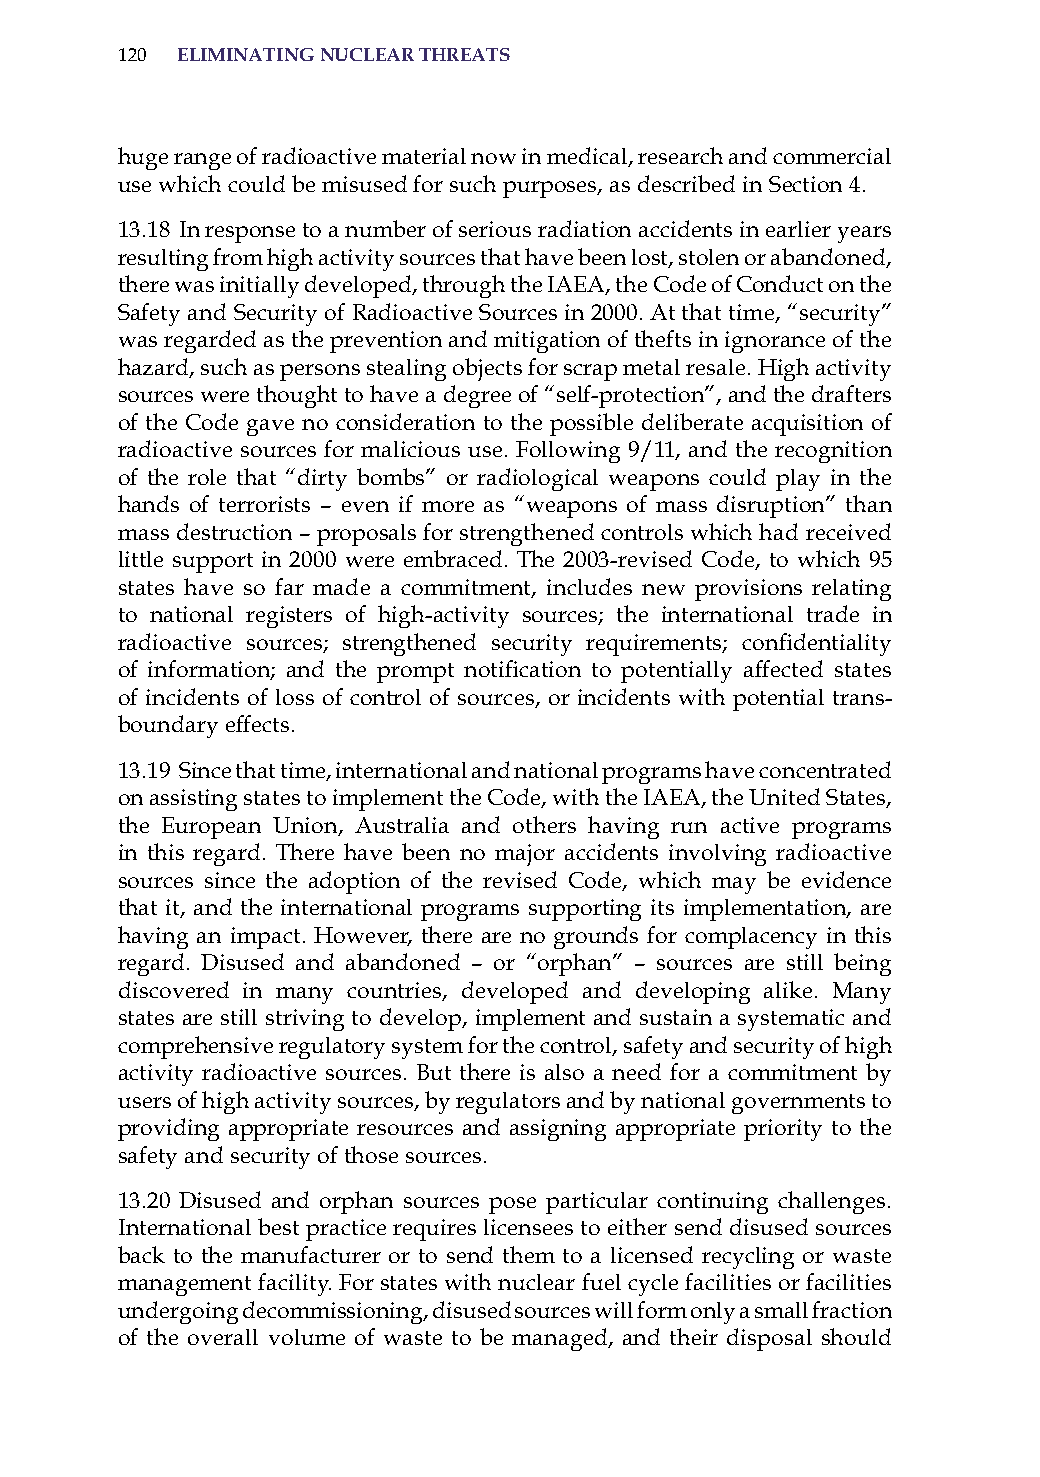
120 eliminatinG nuclear threats
 huge range of radioactive material now in medical, research and commercial
 use which could be misused for such purposes, as described in section 4.
 13.18 in response to a number of serious radiation accidents in earlier years
 resulting from high activity sources that have been lost, stolen or abandoned,
 there was initially developed, through the iaEa, the Code of Conduct on the
 safety and security of radioactive sources in 2000. at that time, “security”
 was regarded as the prevention and mitigation of thefts in ignorance of the
 hazard, such as persons stealing objects for scrap metal resale. high activity
 sources were thought to have a degree of “self-protection”, and the drafters
 of the Code gave no consideration to the possible deliberate acquisition of
 radioactive sources for malicious use. Following 9/11, and the recognition
 of the role that “dirty bombs” or radiological weapons could play in the
 hands of terrorists – even if more as “weapons of mass disruption” than
 mass destruction – proposals for strengthened controls which had received
 little support in 2000 were embraced. The 2003-revised Code, to which 95
 states have so far made a commitment, includes new provisions relating
 to national registers of high-activity sources; the international trade in
 radioactive sources; strengthened security requirements; confidentiality
 of information; and the prompt notification to potentially affected states
 of incidents of loss of control of sources, or incidents with potential trans-
 boundary effects.
 13.19 since that time, international and national programs have concentrated
 on assisting states to implement the Code, with the iaEa, the United states,
 the European Union, australia and others having run active programs
 in this regard. There have been no major accidents involving radioactive
 sources since the adoption of the revised Code, which may be evidence
 that it, and the international programs supporting its implementation, are
 having an impact. however, there are no grounds for complacency in this
 regard. Disused and abandoned – or “orphan” – sources are still being
 discovered in many countries, developed and developing alike. Many
 states are still striving to develop, implement and sustain a systematic and
 comprehensive regulatory system for the control, safety and security of high
 activity radioactive sources. But there is also a need for a commitment by
 users of high activity sources, by regulators and by national governments to
 providing appropriate resources and assigning appropriate priority to the
 safety and security of those sources.
 13.20 Disused and orphan sources pose particular continuing challenges.
 international best practice requires licensees to either send disused sources
 back to the manufacturer or to send them to a licensed recycling or waste
 management facility. For states with nuclear fuel cycle facilities or facilities
 undergoing decommissioning, disused sources will form only a small fraction
 of the overall volume of waste to be managed, and their disposal should